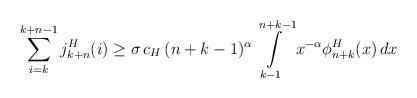
LaTeX: \begin{align*}\sum\limits_{i=k}^{k+n-1} j_{k+n}^H(i)&\geq \sigma\, c_H\, (n+k-1)^{\alpha}\int\limits_{k-1}^{n+k-1}x^{-\alpha}\phi_{n+k}^H(x)\,dx\end{align*}